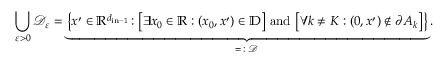
\bigcup _ { \varepsilon > 0 } \mathcal D _ { \varepsilon } = \underbrace { \bigl \{ x ^ { \prime } \in { \mathbb R } ^ { d _ { \mathrm { i n } - 1 } } \colon \bigl [ \exists x _ { 0 } \in { \mathbb R } : ( x _ { 0 } , x ^ { \prime } ) \in \mathbb D \bigr ] \mathrm { ~ a n d ~ } \bigl [ \forall k \not = K : ( 0 , x ^ { \prime } ) \not \in \partial A _ { k } \bigr ] \bigr \} } _ { = \colon \mathcal D } .